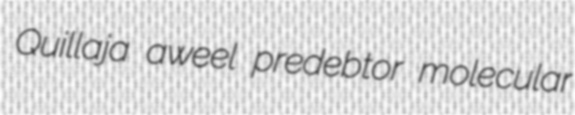
Quillaja aweel predebtor molecular